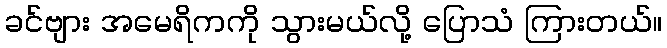
ခင်ဗျား အမေရိကကို သွားမယ်လို့ ပြောသံ ကြားတယ်။